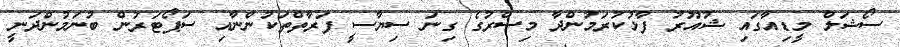
ސޯޝަލް މީޑިއާގައި ޝުއޫރު ފާޅުކުރަމުންދާ މިސްރުގެ ގިނަ ސިޔާސީ ފަރާތްތަކުންނާއި ސަޕޯޓަރުން ބުނަމުންދަނީ